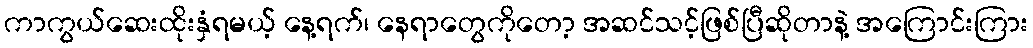
ကာကွယ်ဆေးထိုးနှံရမယ့် နေ့ရက်၊ နေရာတွေကိုတော့ အဆင်သင့်ဖြစ်ပြီဆိုတာနဲ့ အကြောင်းကြား